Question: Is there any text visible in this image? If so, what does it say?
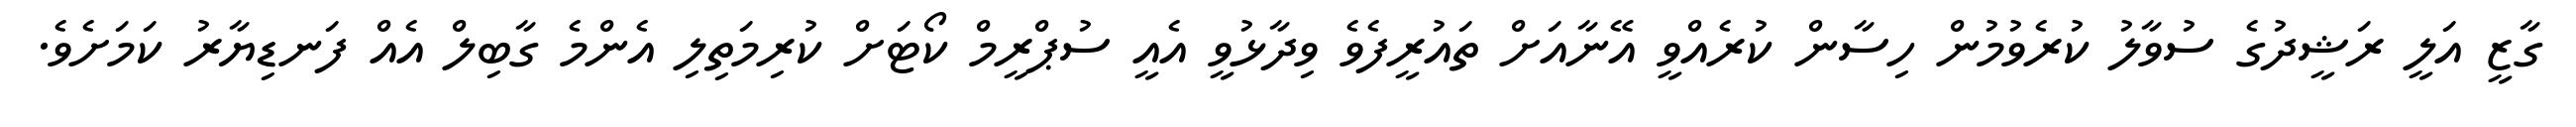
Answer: ގާޒީ އަލީ ރަޝީދުގެ ސުވާލު ކުރެވުމުން ހިސާން ކުރެއްވީ އޭނާއަށް ތައުރީފެވެ ވިދާޅުވީ އެއީ ސުޕްރީމް ކޯޓަށް ކުރިމަތިލި އެންމެ ގާބިލް އެއް ފަނޑިޔާރު ކަމަށެވެ.